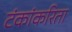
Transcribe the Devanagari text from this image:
टंकांकरिता